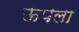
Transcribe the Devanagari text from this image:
ऊपला